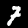
Label: 7